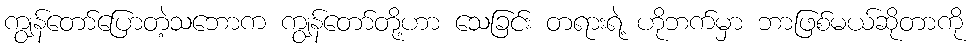
ကျွန်တော်ပြောတဲ့သဘောက ကျွန်တော်တို့ဟာ သေခြင်း တရားရဲ့ ဟိုဘက်မှာ ဘာဖြစ်မယ်ဆိုတာကို